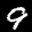
Label: 9